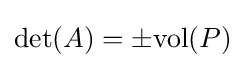
\det(A)=\pm {\text{vol}}(P)